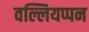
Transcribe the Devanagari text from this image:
वल्लियप्पन